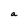
Character: a